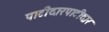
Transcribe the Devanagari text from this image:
पाटीदारपाटीदार